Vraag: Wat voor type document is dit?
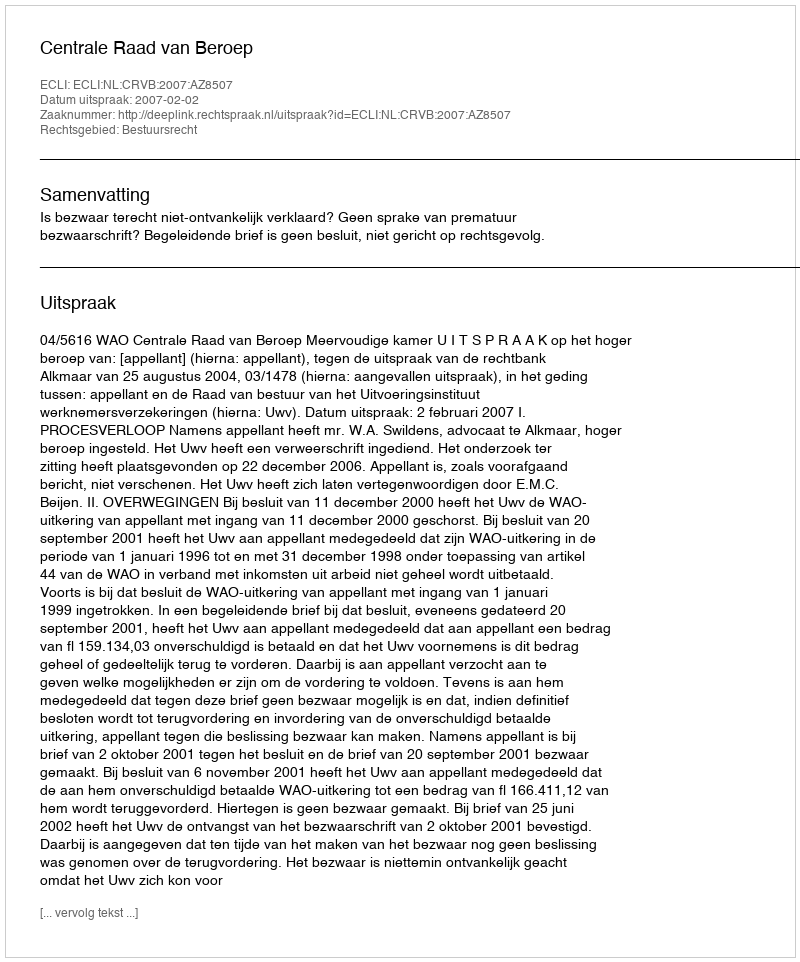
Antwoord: Uitspraak